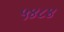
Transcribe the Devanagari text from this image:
५४८४